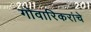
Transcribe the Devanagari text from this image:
गोवारिकरांचे